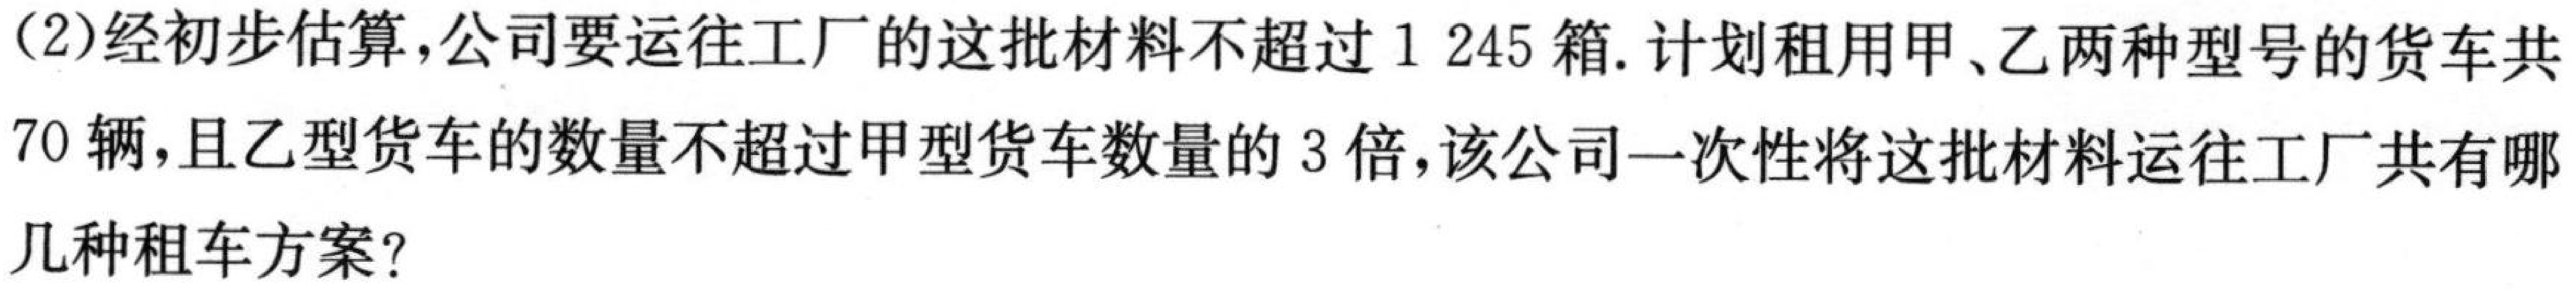
(2)经初步估算，公司要运往工厂的这批材料不超过\(1245\)箱. 计划租用甲、乙两种型号的货车共\(70\)辆，且乙型货车的数量不超过甲型货车数量的\(3\)倍，该公司一次性将这批材料运往工厂共有哪几种租车方案？